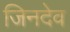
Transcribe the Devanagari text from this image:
जिनदेव